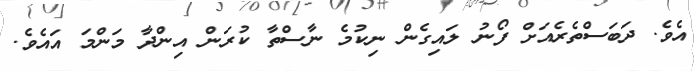
އެވެ. ދަބަސްތެރެއަށް ފޯނު ލައިގެން ނިކުމެ ނާސްތާ ކުރަން އިންދާ މަންމަ އައެވެ.